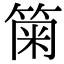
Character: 𥮫